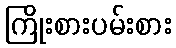
ကြိုးစားပမ်းစား